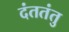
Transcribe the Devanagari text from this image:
दंततंतु